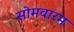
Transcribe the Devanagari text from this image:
सोमवारम